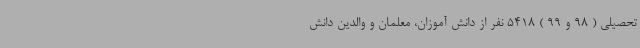
تحصیلی ( 98 و 99 ) 5418 نفر از دانش آموزان‌، معلمان و والدین دانش